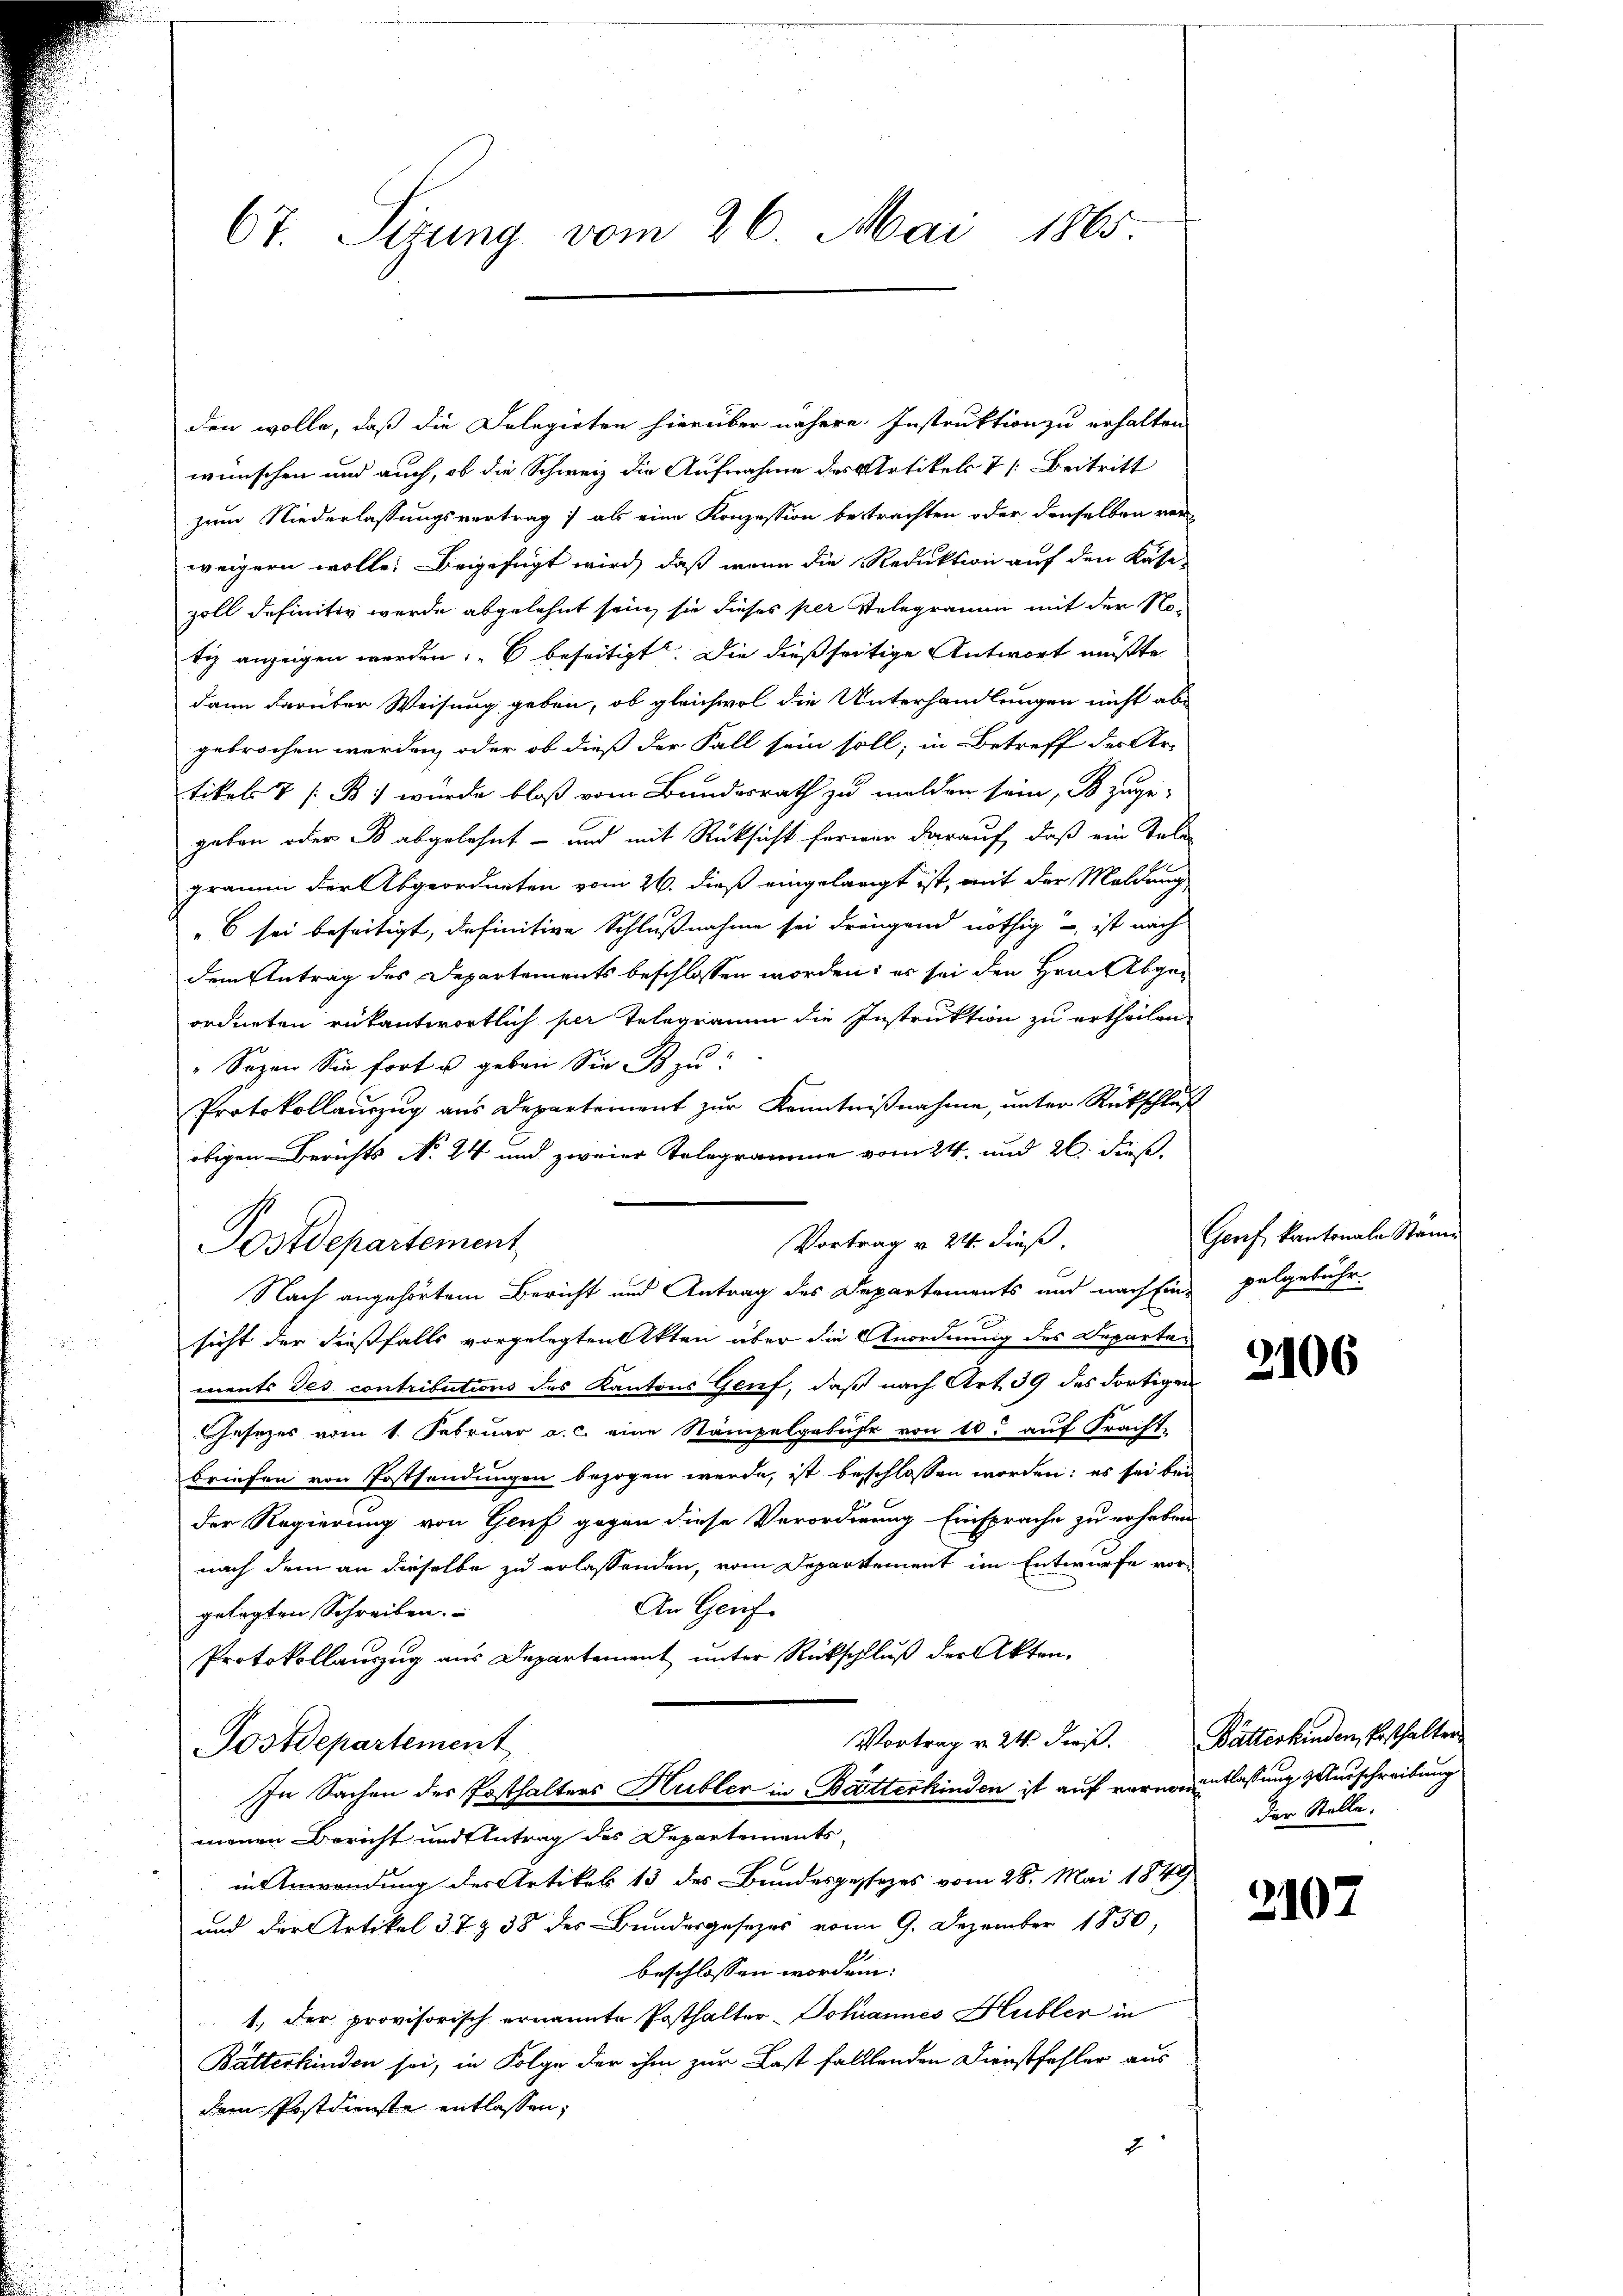
67. Sirung vom 26. Mai 1865.

den wolle, daß die Delegierten hierüber nähere Instruktion zu erhalten
wünschen und auch, ob die Schweiz die Aufnahme des Artikels 7 [Beitritt
zum Niederlassungsvertrag; als eine Konzession bestrachten oder denselben ver-
weigern wolle. Beigefügt wird, daß wenn die Reduktion auf den Kate
zoll definitiv werde abgelehnt sein, sie dieses per Velegramm mit der No-
tiz anzeigen werden: „O beseitigt. Die dießseitige Antwort mußte
dann darüber Weisung geben, ob gleichwol die Unterhandlungen nicht abe
gebrochen werden, oder ob dieß der Fall sein soll; in Betreff des Ar-
tikels 7 / B. wurde bloß vom Bundesrath zu melden sein, so zuge-
geben oder B abgelehnt – und mit Rücksicht herwar darauf, daß ein Tele
gramm der Abgeordneten vom 26. dieß eingelangt ist, mit der Meldung,
6 sei beseitigt, definitive Schlußnahme sei drängend nöthig – ist nach
dem Antrag des Departements beschlossen worden; es sei den Hrn. Abgeordneten rükantwortlich per Telegramm die Instruktion zu ertheilen.
"Sozen Sie fort u geben Sie B zu!
Protokollaŭszŭg aŭs Departement zŭr Kenntniβnahme, ŭnter Rückschluß
obigen Berichts No 24 und zweier Tolegramme vom 24. und 26. dieß.
Vortrag v. 24. dieß,
Postdepartement
Nach angehörtem Bericht und Antrag des Departements und nach sind pelgebühr-
sicht der diesfalls vorgelegten Akten über die Anordnung des Departements des contributions des Kantons Genf, daß nach Art. 39 des dortigen
Gesezes vom 1. Februar a. c. eine Stampelgebühr von 10. auf Fracht,
briefen von Postsendungen bezogen werde, ist beschlossen worden; es sei bei
der Regierung von Genf gegen diese Verordnung Einsprache zu erheben
nach dem an dieselbe zu erlassenden, vom Departement im Entwurfe vor¬
An Genf
gelegten Schreiben.
Protokollanzug aus Departement unter Rückschluß der Akten.
Vortrag v. 24. dieß.
Postdepartement
In Sachen der Posthalters Hubler in Butterkinden ist auf vernomentlassung ausschreibung
menen Bericht und Antrag des Departements-
in Anwendung der Artikel 13 des Bundespassezes vom 28. Mai 1849
und der Artikel 3 7 § 38 des Bundesgesetzes vom 9. Dezember 1850,
beschlossen worden:
1., der provisorisch ernannte Posthalter- Johannes Hubler in
Butterkinden sei, in Folge der ihm zur Last fallenden Dienstfehler aus
dem Postdienste entlassen,
2

Genf kantonale Stamm

2106

Bätterkinden, Ersthalter
der Stelle.

2107